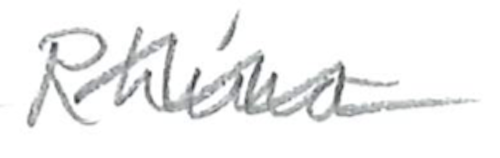
Text: Rhino
Cross-out: mix
Writing tool: pencil